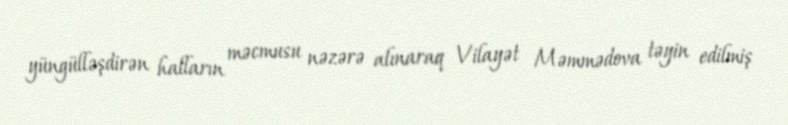
yüngülləşdirən halların məcmusu nəzərə alınaraq Vilayət Məmmədova təyin edilmiş